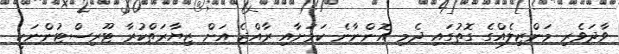
ވާދަވެރި މަންޒިލެއްގެ ގޮތުގައި ދެމި އޮންނާނެ ކަމަށާއި ރާއްޖެ އަށް ޒިޔާރަތްކުރާ ޓޫރިސްޓުންނަކީ